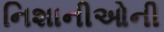
નિશાનીઓની